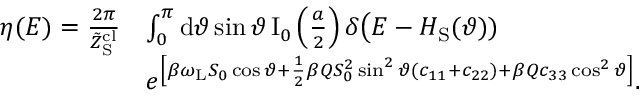
\begin{array} { r l } { \eta ( E ) = \frac { 2 \pi } { \tilde { Z } _ { \mathrm { S } } ^ { \mathrm { c l } } } } & { \int _ { 0 } ^ { \pi } \mathrm { d } \vartheta \sin \vartheta \, \mathrm { I } _ { 0 } \left( \frac { a } { 2 } \right) \delta \big ( E - H _ { \mathrm { S } } ( \vartheta ) ) } \\ & { e ^ { \left[ \beta \omega _ { \mathrm { L } } S _ { 0 } \cos \vartheta + \frac { 1 } { 2 } \beta Q S _ { 0 } ^ { 2 } \sin ^ { 2 } \vartheta ( c _ { 1 1 } + c _ { 2 2 } ) + \beta Q c _ { 3 3 } \cos ^ { 2 } \vartheta \right] } . } \end{array}